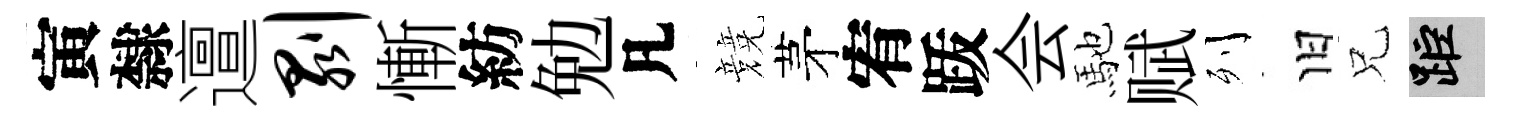
寅隸邅剥慚紡勉凡競茅宥䟦会馳赋列旧兄距